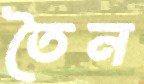
তৈন